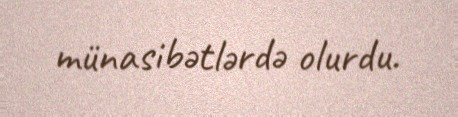
münasibətlərdə olurdu.